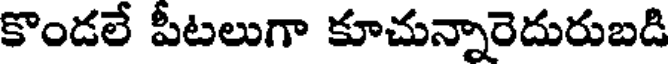
కొండలే పీటలుగా కూచున్నారెదురుబడి